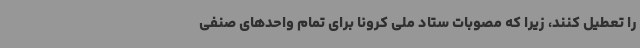
را تعطیل کنند، زیرا که مصوبات ستاد ملی کرونا برای تمام واحدهای صنفی